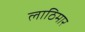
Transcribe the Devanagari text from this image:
लाठिमार